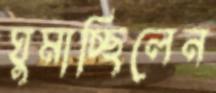
ঘুমাচ্ছিলেন